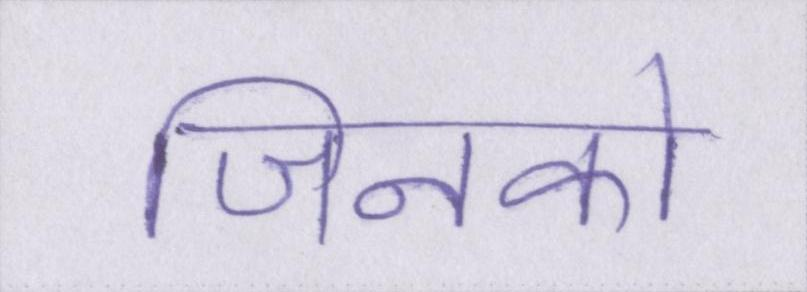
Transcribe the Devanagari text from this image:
जिनको